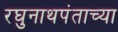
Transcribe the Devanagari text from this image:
रघुनाथपंताच्या